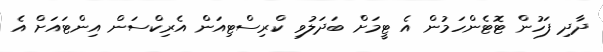
ދާދި ފަހުން ޓޮޓެންހަމުން އެ ޓީމަށް ބަދަލުވި ކްރިސްޓިއަން އެރިކްސަން އިންޓައަށް އެ